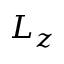
L _ { z }